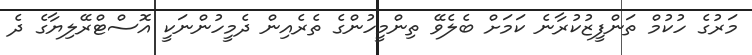
މަރުގެ ހުކުމް ތަންފީޒުކުރާނެ ކަމަށް ބެލެވޭ ތިންމީހުންގެ ތެރެއިން ދެމީހުންނަކީ އޮސްޓްރޭލިޔާގެ ދެ